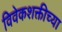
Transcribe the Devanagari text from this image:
विवेकशक्तीच्या